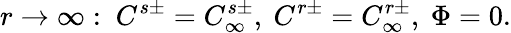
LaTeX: r\rightarrow\infty:\ C^{s\pm}=C_{\infty}^{s\pm},\ C^{r\pm}=C_{\infty}^{r\pm},\ \Phi=0.